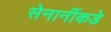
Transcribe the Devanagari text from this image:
सेनानींकडे